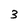
Character: 3